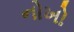
નોખો